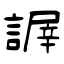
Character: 謘